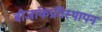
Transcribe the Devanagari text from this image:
बीजांकप्रतिस्थापन